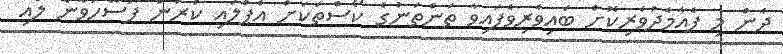
ދެން މި ފެއާމެދުވެރިކޮށް ބައިވެރިވެފައިވާ ތަންތަނުގެ ކޯސްތަކަށް އެޕްލައި ކުރަން ފަސޭހަވާނެ ލުއި